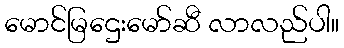
မောင်မြဌေးမော်ဆီ လာလည်ပါ။